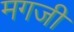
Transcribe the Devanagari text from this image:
मगजी